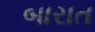
બારાત